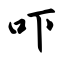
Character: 吓